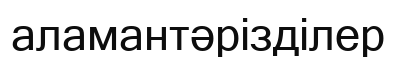
аламантәрізділер